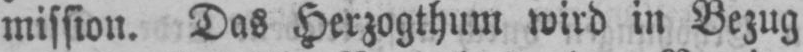
mission. Das Herzogthum wird in Bezug